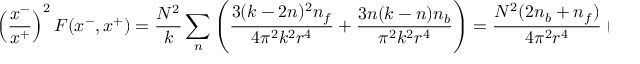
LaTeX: \left( { \frac { x ^ { - } } { x ^ { + } } } \right) ^ { 2 } F ( x ^ { - } , x ^ { + } ) = { \frac { N ^ { 2 } } { k } } \sum _ { n } \left( { \frac { 3 ( k - 2 n ) ^ { 2 } n _ { f } } { 4 \pi ^ { 2 } k ^ { 2 } r ^ { 4 } } } + { \frac { 3 n ( k - n ) n _ { b } } { \pi ^ { 2 } k ^ { 2 } r ^ { 4 } } } \right) = { \frac { N ^ { 2 } ( 2 n _ { b } + n _ { f } ) } { 4 \pi ^ { 2 } r ^ { 4 } } } \left( 1 - { \frac { 1 } { k } } \right)